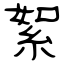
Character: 絮